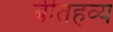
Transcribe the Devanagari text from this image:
बीतहव्य